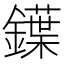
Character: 鐷